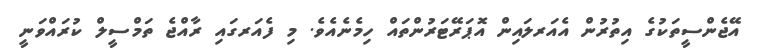
އޭޖެންސީތަކުގެ އިތުރުން އެއަރލައިން އޮޕަރޭޓަރުންތައް ހިމެނެއެވެ. މި ފެއަރގައި ރާއްޖެ ތަމްސީލް ކުރައްވަނީ